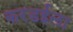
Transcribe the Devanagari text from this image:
करडईला